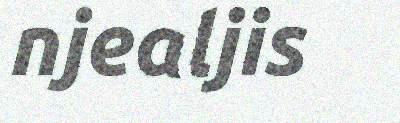
njealjis